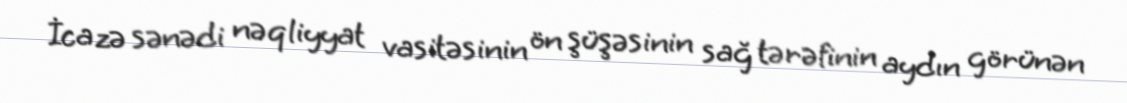
İcazə sənədi nəqliyyat vasitəsinin ön şüşəsinin sağ tərəfinin aydın görünən